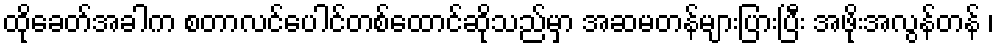
ထိုခေတ်အခါက စတာလင်ပေါင်တစ်ထောင်ဆိုသည်မှာ အဆမတန်များပြားပြီး အဖိုးအလွန်တန် ၊